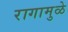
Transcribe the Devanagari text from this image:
रागामुळे